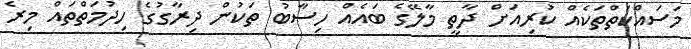
މަސައްކަތްތަކެއް ކުރިއަށް ދާތީ މާލޭގެ ބައެއް ހިސާބު ތަކުން ދިރާގުގެ ހިދުމަތްތައް މިރެ